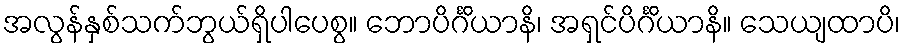
အလွန်နှစ်သက်ဘွယ်ရှိပါပေစွ။ ဘောပိင်္ဂိယာနိ၊ အရှင်ပိင်္ဂိယာနိ။ သေယျထာပိ၊